Indian journal of veterinary science and animal husbandry - Volume 6,
Year: 1936
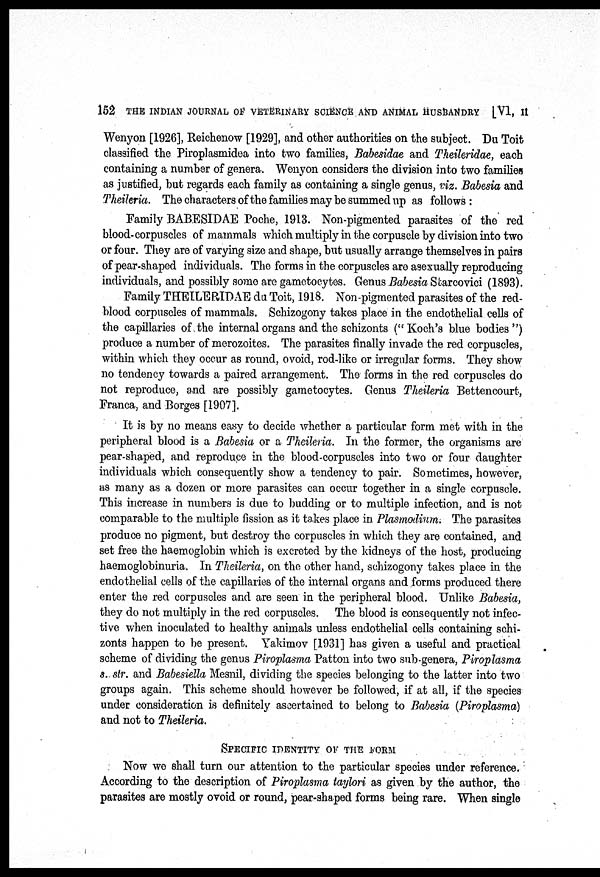
152 THE INDIAN JOURNAL OF VETERINARY SCIENCE AND ANIMAL HUSBANDRY
[VI, II
Wenyon [1926], Reichenow [1929], and other authorities on the subject. Du Toit
classified the Piroplasmidea into two families, Babesidae and Theileridae, each
containing a number of genera. Wenyon considers the division into two families
as justified, but regards each family as containing a single genus, viz. Babesia and
Theileria. The characters of the families may be summed up as follows:
Family BABESIDAE Poche, 1913. Non-pigmented parasites of the red
blood-corpuscles of mammals which multiply in the corpuscle by division into two
or four. They are of varying size and shape, but usually arrange themselves in pairs
of pear-shaped individuals. The forms in the corpuscles are asexually reproducing
individuals, and possibly some are gametocytes. Genus Babesia Starcovici (1893).
Family THEILERIDAE du Toit, 1918. Non-pigmented parasites of the red-
blood corpuscles of mammals. Schizogony takes place in the endothelial cells of
the capillaries of the internal organs and the schizonts (" Koch's blue bodies ")
produce a number of merozoites. The parasites finally invade the red corpuscles,
within which they occur as round, ovoid, rod-like or irregular forms. They show
no tendency towards a paired arrangement. The forms in the red corpuscles do
not reproduce, and are possibly gametocytes. Genus Theileria Bettencourt,
Franca, and Borges [1907].
It is by no means easy to decide whether a particular form met with in the
peripheral blood is a Babesia or a Theileria. In the former, the organisms are
pear-shaped, and reproduce in the blood-corpuscles into two or four daughter
individuals which consequently show a tendency to pair. Sometimes, however,
as many as a dozen or more parasites can occur together in a single corpuscle.
This increase in numbers is due to budding or to multiple infection, and is not
comparable to the multiple fission as it takes place in Plasmodium. The parasites
produce no pigment, but destroy the corpuscles in which they are contained, and
set free the haemoglobin which is excreted by the kidneys of the host, producing
haemoglobinuria. In Theileria, on the other hand, schizogony takes place in the
endothelial cells of the capillaries of the internal organs and forms produced there
enter the red corpuscles and are seen in the peripheral blood. Unlike Babesia,
they do not multiply in the red corpuscles. The blood is consequently not infec-
tive when inoculated to healthy animals unless endothelial cells containing schi-
zonts happen to be present. Yakimov [1931] has given a useful and practical
scheme of dividing the genus Piroplasma Patton into two sub-genera, Piroplasma
s. str. and Babesiella Mesnil, dividing the species belonging to the latter into two
groups again. This scheme should however be followed, if at all, if the species
under consideration is definitely ascertained to belong to Babesia (Piroplasma)
and not to Theileria.
SPECIFIC IDENTITY OF THE FORM
Now we shall turn our attention to the particular species under reference.
According to the description of Piroplasma taylori as given by the author, the
parasites are mostly ovoid or round, pear-shaped forms being rare. When single